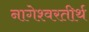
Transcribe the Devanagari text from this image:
नागेश्वरतीर्थ